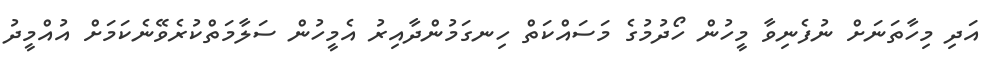
އަދި މިހާތަނަށް ނުފެނިވާ މީހުން ހޯދުމުގެ މަސައްކަތް ހިނގަމުންދާއިރު އެމީހުން ސަލާމަތްކުރެވޭނެކަމަށް އުއްމީދު